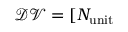
\mathcal { D V } = [ N _ { \mathrm { u n i t } }